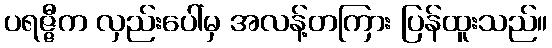
ပရဇ္ဇီက လှည်းပေါ်မှ အလန့်တကြား ပြန်ထူးသည်။